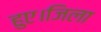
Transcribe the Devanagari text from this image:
हुए।जिला